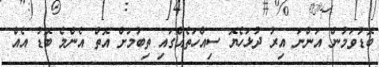
ބޮޑުވަމުން އަންނަ އިރު ދުޅަހެޔޮ ސިއްހަތެއްގައި ތިބުމަށް އޮތް އެންމެ ބޮޑު އެއް